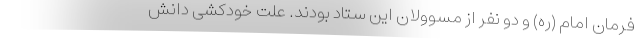
فرمان امام (ره) و دو نفر از مسوولان این ستاد بودند. علت خودکشی دانش